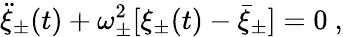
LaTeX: \ddot{\xi}_{\pm}(t)+\omega_{\pm}^{2}[\xi_{\pm}(t)-\bar{\xi}_{\pm}]=0\ ,